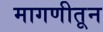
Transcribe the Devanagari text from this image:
मागणीतून